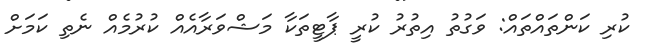
ކުރި ކަންތައްތައް: ވަގުތު އިތުރު ކުރީ ޕާޓީތަކާ މަޝްވަރާއެއް ކުރުމެއް ނެތި ކަމަށް